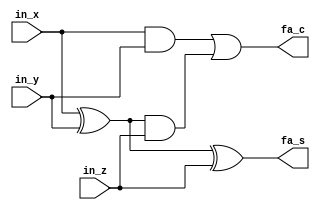

module fulladder(fa_s, fa_c, in_x, in_y, in_z);
	input in_x, in_y, in_z;
	output fa_s, fa_c;
	
	assign fa_s=in_x^in_y^in_z;
	assign fa_c=(in_x&in_y)|((in_x^in_y)&in_z);
	
endmodule

module lab2(s,c,a,b,cin);
	input cin;
	input [3:0] a,b;
	output [3:0] s,c;
	
	fulladder fa1(s[0],c[0],a[0],b[0],cin);
	fulladder fa2(s[1],c[1],a[1],b[1],c[0]);
	fulladder fa3(s[2],c[2],a[2],b[2],c[1]);
	fulladder fa4(s[3],c[3],a[3],b[3],c[2]);
     
endmodule